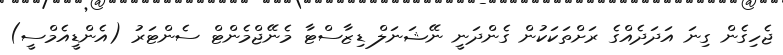
ޖެހިގެން ގިނަ އަދަދެއްގެ ރަށްތަކަކުން ގެންދަނީ ނޭޝަނަލް ޑިޒާސްޓާ މެނޭޖްމެންޓް ސެންޓަރު (އެންޑީއެމްސީ)